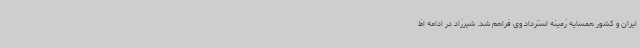
ایران و کشور همسایه زمینه استرداد وی فراهم شد. شیرزاد در ادامه اظ